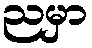
ညမှာ